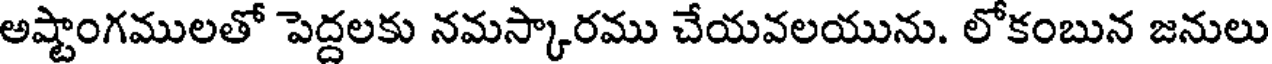
అష్టాంగములతో పెద్దలకు నమస్కారము చేయవలయును. లోకంబున జనులు